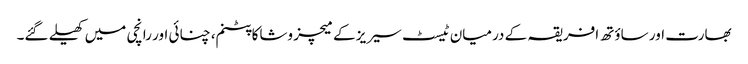
بھارت اور ساؤتھ افریقہ کے درمیان ٹیسٹ سیریز کے میچز وشاکاپٹنم، چنائی اور رانچی میں کھیلے گئے۔